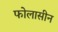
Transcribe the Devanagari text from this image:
फोलासीन